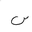
Letter: _sin